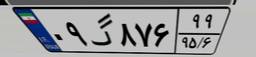
۰۹گ۸۷۶۹۹